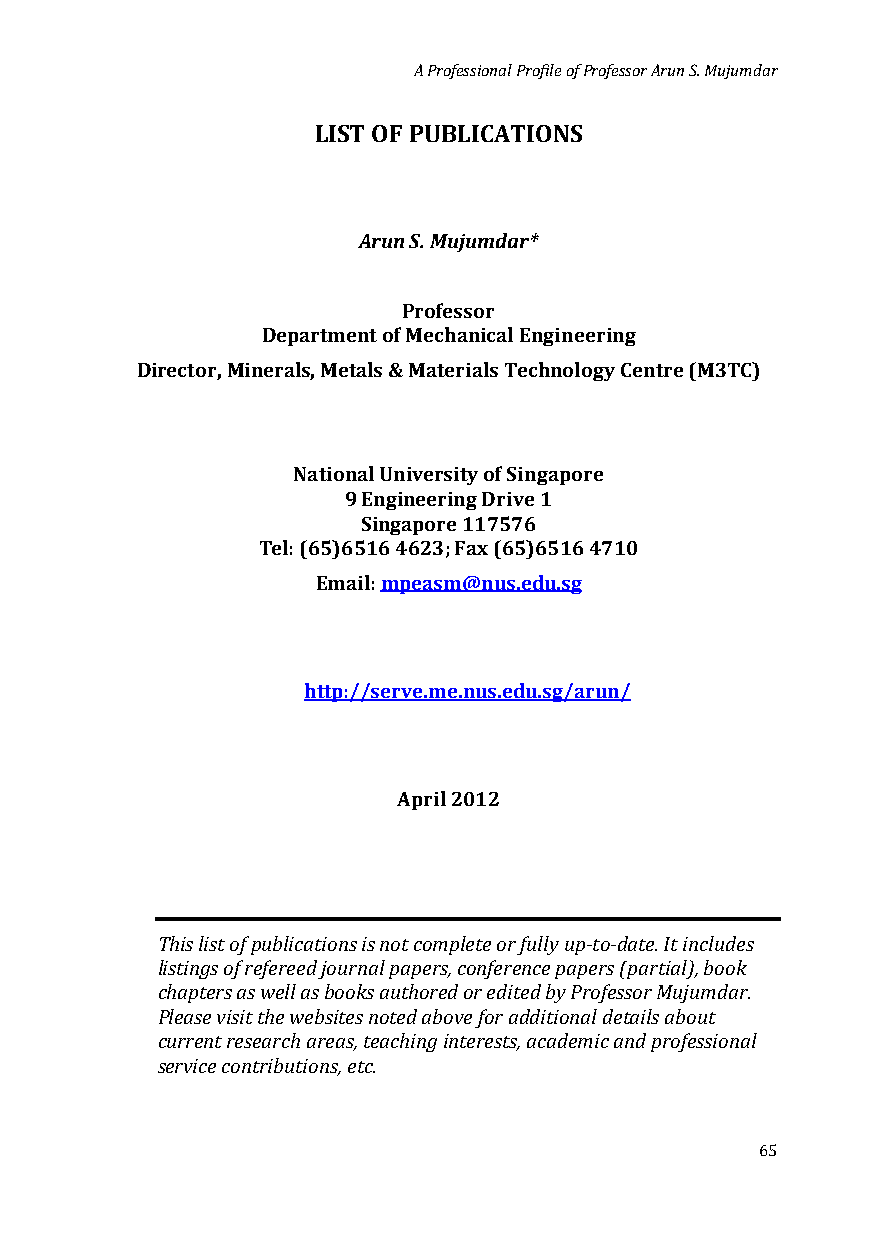
A Professional Profile of Professor Arun S. Mujumdar
 LIST OF PUBLICATIONS
 Arun S. Mujumdar*
 Professor
 Department of Mechanical Engineering
 Director, Minerals, Metals & Materials Technology Centre (M3TC)
 National University of Singapore
 9 Engineering Drive 1
 Singapore 117576
 Tel: (65)6516 4623; Fax (65)6516 4710
 Email: mpeasm@nus.edu.sg
 http://serve.me.nus.edu.sg/arun/
 April 2012
 This list of publications is not complete or fully up-to-date. It includes
 listings of refereed journal papers, conference papers (partial), book
 chapters as well as books authored or edited by Professor Mujumdar.
 Please visit the websites noted above for additional details about
 current research areas, teaching interests, academic and professional
 service contributions, etc.
 65